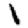
Digit: 1